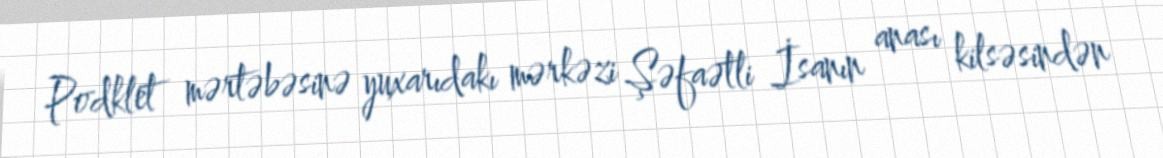
Podklet mərtəbəsinə yuxarıdakı mərkəzi Şəfaətli İsanın anası kilsəsindən